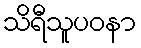
သိရီသူပဝနာ